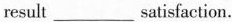
result___satisfaction.